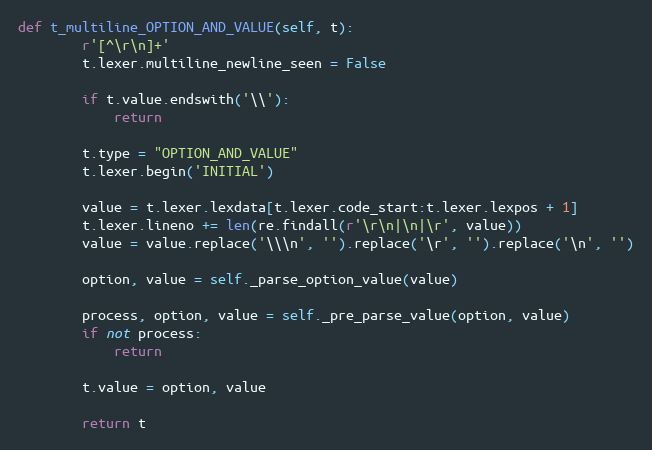
Language: Python
def t_multiline_OPTION_AND_VALUE(self, t):
        r'[^\r\n]+'
        t.lexer.multiline_newline_seen = False

        if t.value.endswith('\\'):
            return

        t.type = "OPTION_AND_VALUE"
        t.lexer.begin('INITIAL')

        value = t.lexer.lexdata[t.lexer.code_start:t.lexer.lexpos + 1]
        t.lexer.lineno += len(re.findall(r'\r\n|\n|\r', value))
        value = value.replace('\\\n', '').replace('\r', '').replace('\n', '')

        option, value = self._parse_option_value(value)

        process, option, value = self._pre_parse_value(option, value)
        if not process:
            return

        t.value = option, value

        return t